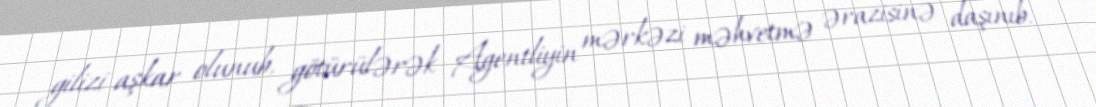
gilizi aşkar olunub, götürülərək Agentliyin mərkəzi məhvetmə ərazisinə daşınıb.